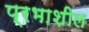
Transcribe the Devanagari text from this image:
प्रभाशील